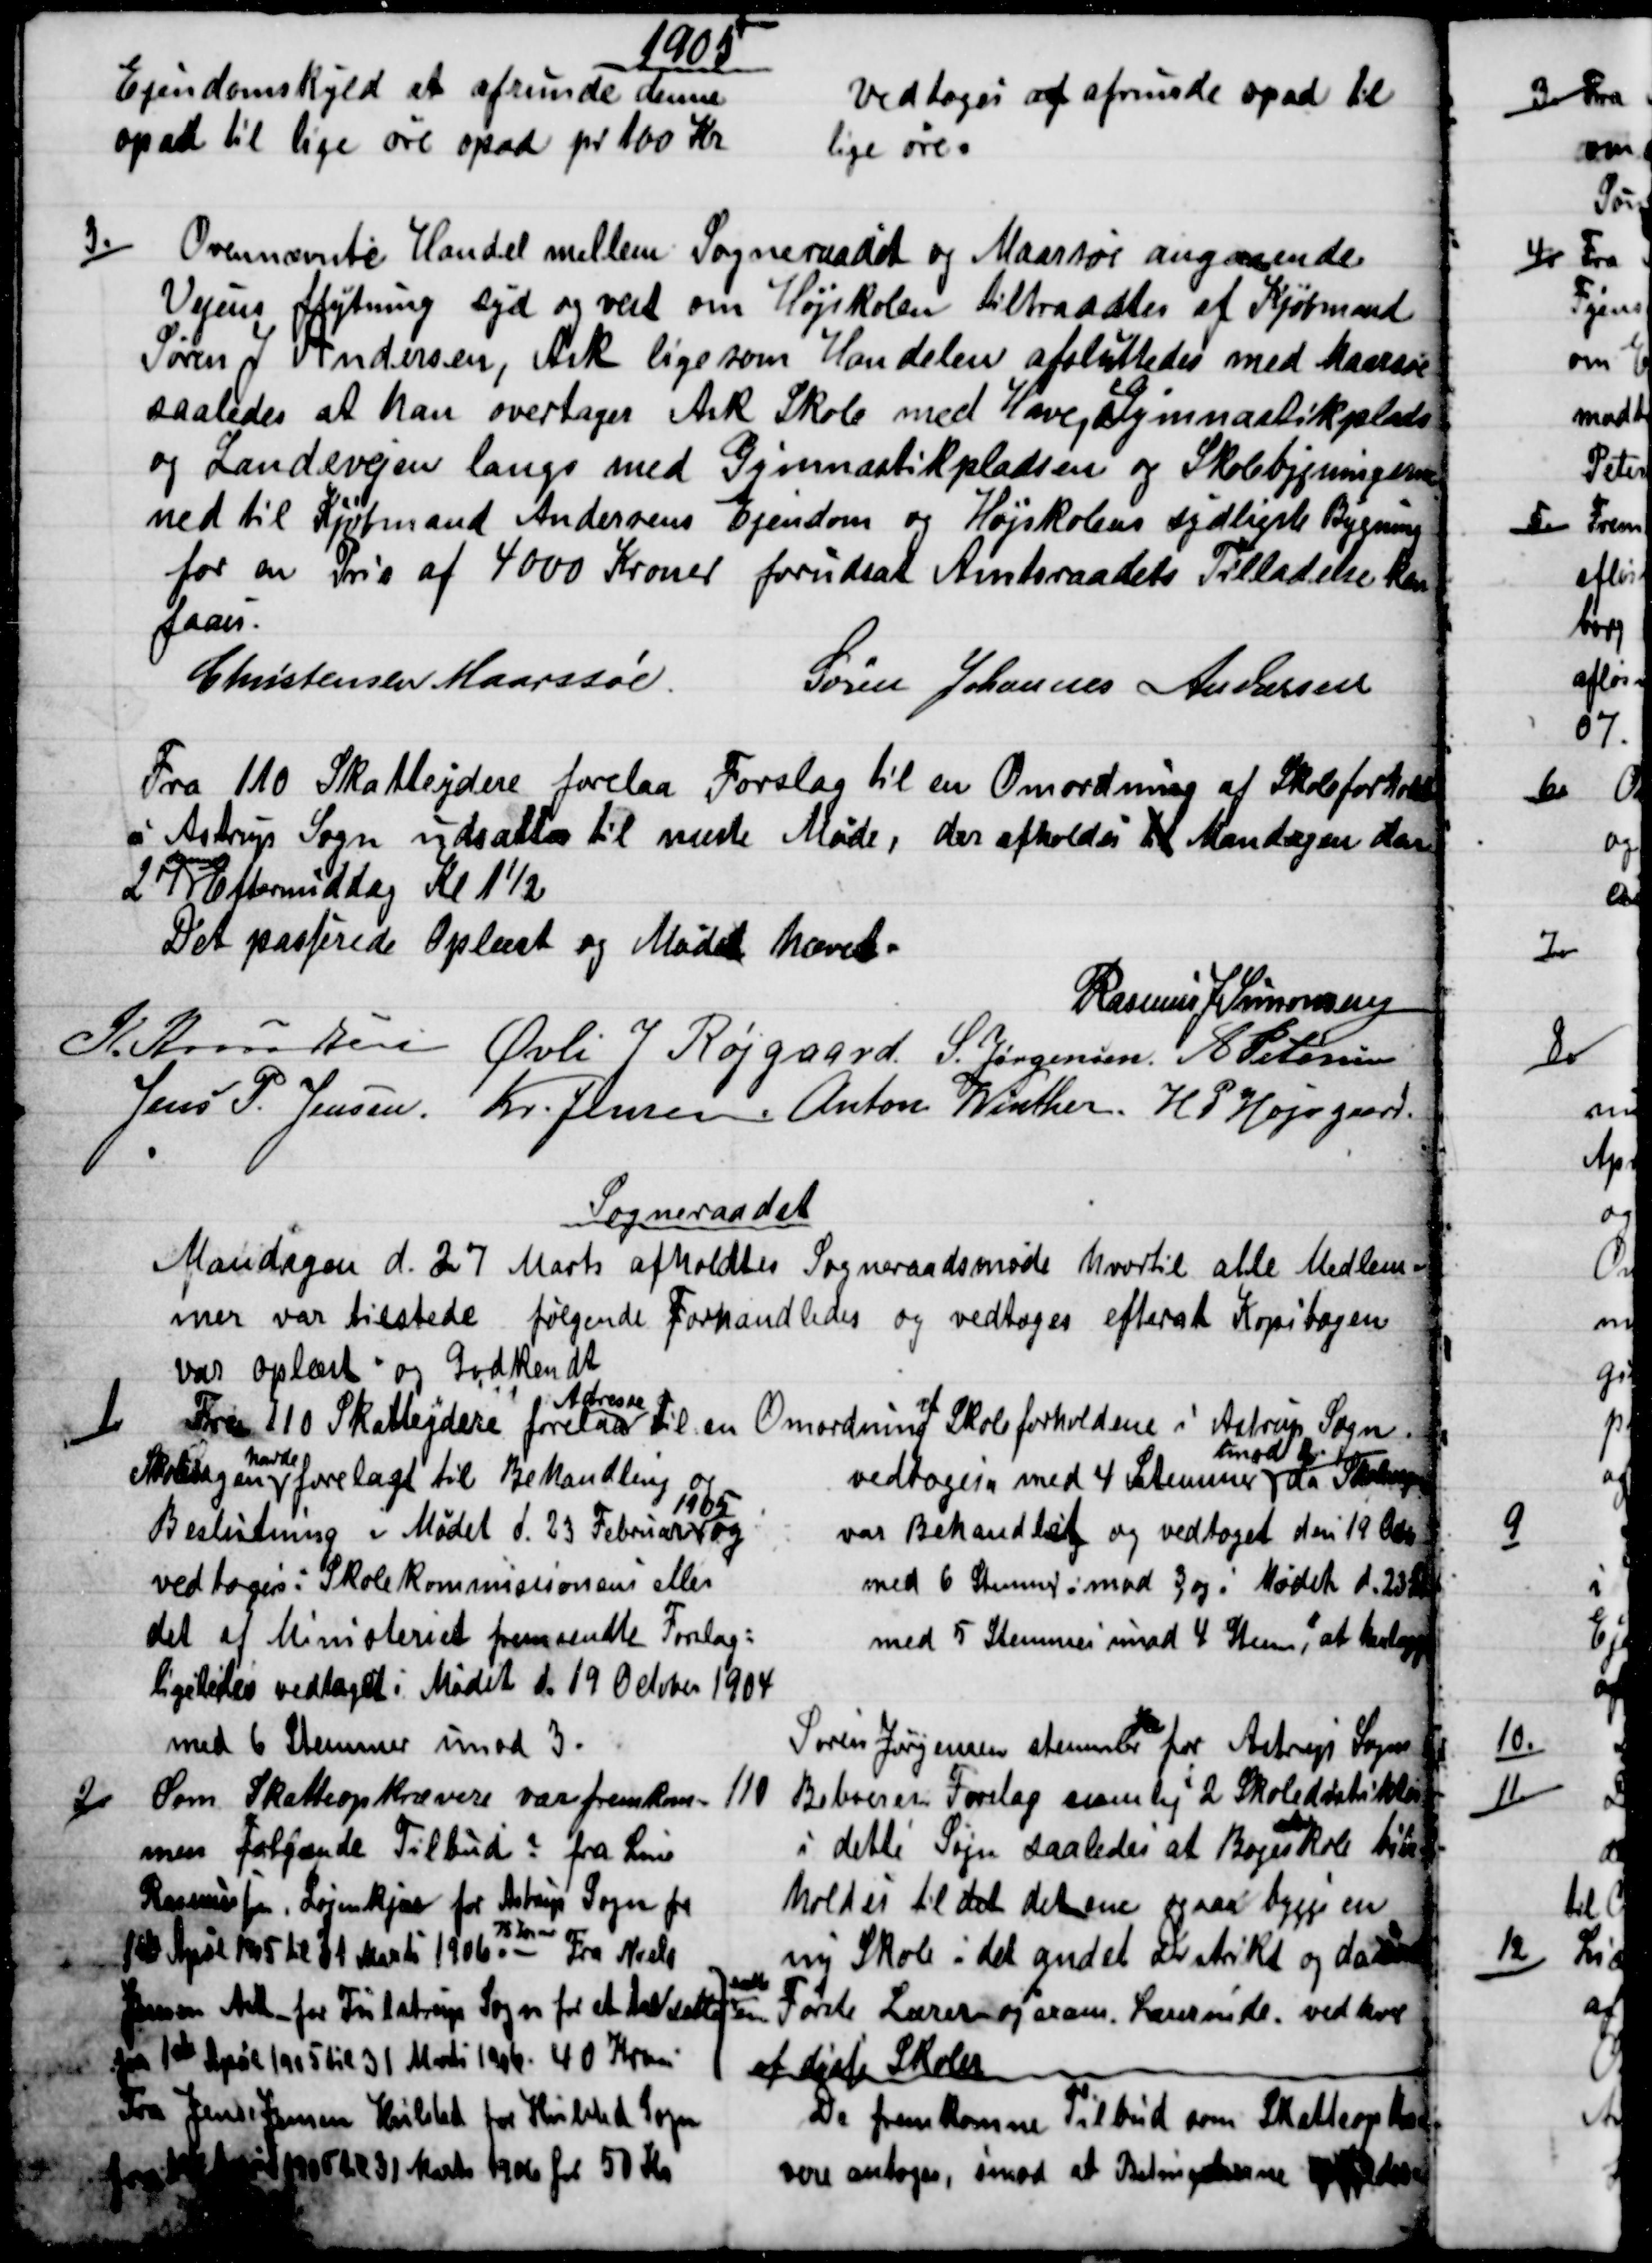
Transskription:
1905
Ejendomskyld at afrunde denne
op ad til lige øre opad pr 100 Kr
vedtoges at afrunde opad til
lige øre.
3)
Ovennævnte Handel mellem Sogneraadet og Maarsøe angaaende
Vejens flytning syd og vest om Højskolen tiltraadtes af Kjøbmand
Søren J Andersen, Ask ligesom Handelen afsluttedes med Maarsøe
saaledes at han overtager Ask Skole med Have, Gymnastikplads
og Landevejen langs med Gymnastikpladsen og Skolebygningerne
ned til Kjøbmand Andersens Ejendom og Højskolens sydligste Bygning
for en Pris af 4000 Kroner forudsat Amtsraadets Tilladelse kan
faaes.
Christensen Maarssøe.
Søren Johannes Andersen
Fra 110 Skatteydere forelaa Forslag til en Omordning af Skoleforhold
i Astrup Sogn udsattes til næste Møde, der afholdes til Mandagen den
27 
dennes
Eftermiddag Kl 1½
Det passerede Oplæst og Mødet hævet.
Rasmus J Simonsen
J. Knudsen Øvli J Røjgaard. S. Jørgensen. A Petersen
Jens P. Jensen. Kr. Jensen. Anton Winther. H P Højsgaard.
Sogneraadet
Mandagen d. 27 Marts afholdtes Sogneraadsmøde hvortil alle Medlem-
mer var tilstede følgende Forhandledes og vedtoges efterat Kopibogen
var oplæst og Godkendt
1)
Fra 110 Skatteydere forelaa 
Adresse 
til en Omordning 
af
Skoleforholdene i Astrup Sogn.
Skolesagen 
havde
forelagt til Behandling og
Beslutning i Mødet d. 23 Februar 
1905
og
vedtoges: Skolekommisionens eller
det af Ministeriet fremsendte Forslag:
ligeledes vedtaget i Mødet d. 19 October 1904
med 6 Stemmer imod 3.
vedtoges med 4 Stemmer 
imod 2
da Skolesagen
var Behandlet og vedtaget den 19 Oct
med 6 Stemmer imod 3 og i Mødet d. 23 
med 5 Stemmer imod 4 Stem, at henlægge
Søren Jørgensen stemmer for Astrup Sogns
110 Beboeres Forslag nemlig 
i
2 Skoledistrikter
i dette Sogn saaledes at Bøgeskole bibe -
holdes til det det ene og saa bygge en 
ny Skole i det andet Distrikt og da an
sætte
en
Første Lærer og exam. Lærerinde. ved hver 
af disse Skoler
2)
Som Skatteopkrævere var fremkom-
men følgende Tilbud ? fra Lærer
Rasmussen, Løjenkjær for Astrup Sogn fra
1ste April 1905 til 31 Marts 1906. 
75 Kroner
Fra Niels
Jensen Ask for Tulstrup Sogn for et Aar sattes
fra den 1ste April 1905 til 31 Marts 1906. 40 Kroner.
Fra Jens Jensen Hvilsted for Hvilsted Sogn
fra 1ste April 1905 til 31 Marts 1906 for 50 Kr
De fremkomne Tilbud som Skatteopkræ-
vere antoges, imod at Betingelserne opfyldes